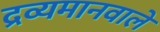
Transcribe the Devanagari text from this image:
द्रव्यमानवालें